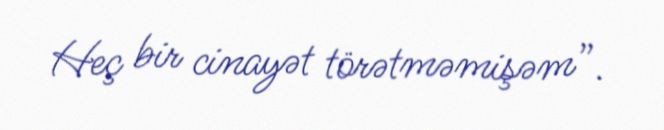
Heç bir cinayət törətməmişəm”.